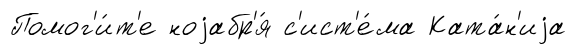
Помог'и́т'е ноjабр'я́ с'ист'е́ма Ката́н'иjа